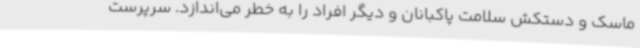
ماسک و دستکش سلامت پاکبانان و دیگر افراد را به خطر می‌اندازد. سرپرست